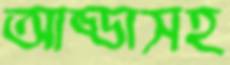
আড্ডাসহ